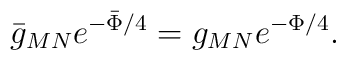
\bar{g}_{MN} e^{-\bar{\Phi} /4} = g_{MN} e^{-\Phi /4}  .